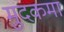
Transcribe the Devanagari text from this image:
मुदकमा